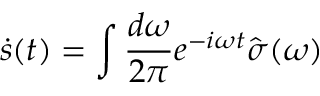
\dot { s } ( t ) = \int \frac { d \omega } { 2 \pi } e ^ { - i \omega t } \hat { \sigma } ( \omega )